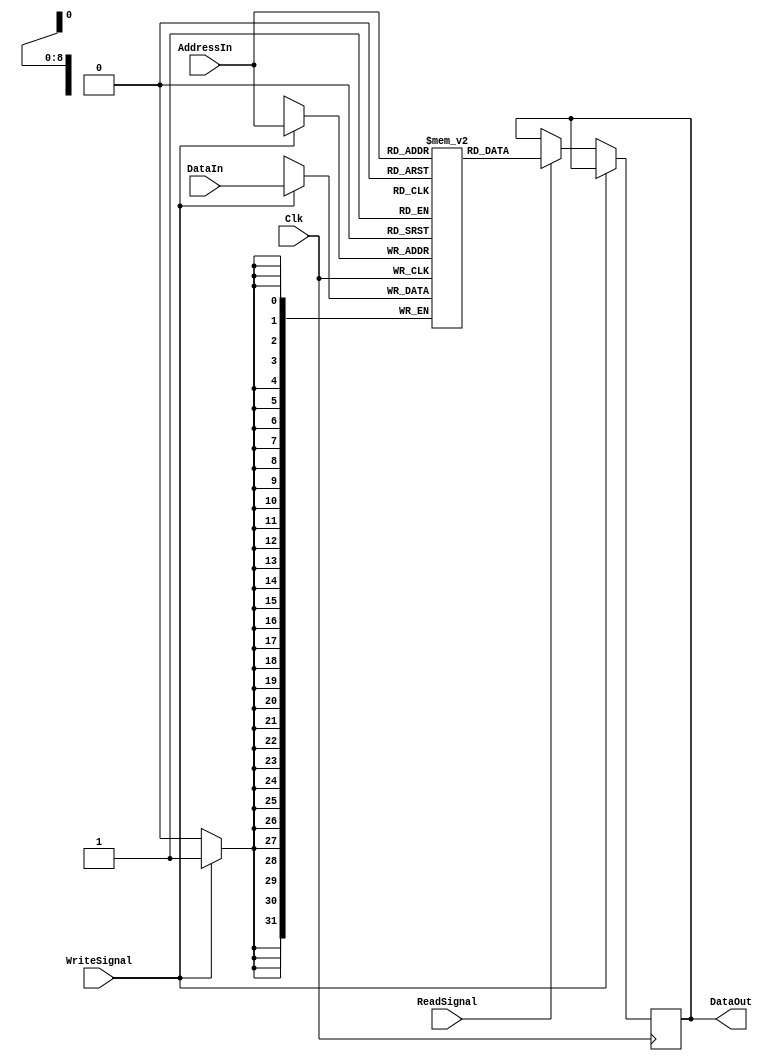
// This program was cloned from: https://github.com/Harminder13/RISC-Computer-Design
// License: MIT License

module Ram(
    input Clk, 
    input ReadSignal,
    input WriteSignal,
    input [31:0] DataIn,
    input [8:0] AddressIn,
    output reg [31:0] DataOut
);

reg [31:0] RamBlock [0:511];

always @(posedge Clk) begin
    if (WriteSignal==1)
        RamBlock[AddressIn] <= DataIn;
    else if (ReadSignal==1)
        DataOut <= RamBlock[AddressIn];
end

endmodule